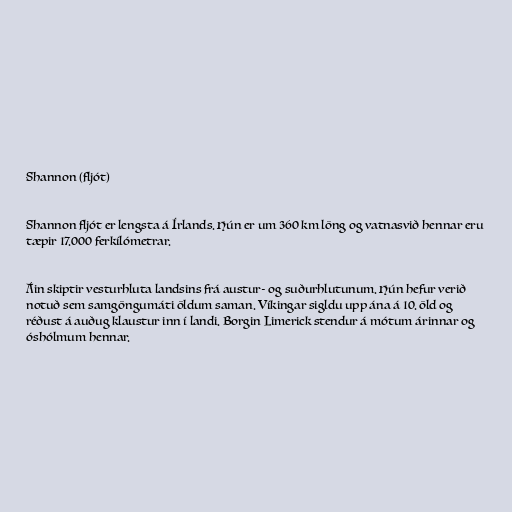
Shannon (fljót)

Shannon fljót er lengsta á Írlands. Hún er um 360 km löng og vatnasvið hennar eru
tæpir 17.000 ferkílómetrar.

Áin skiptir vesturhluta landsins frá austur- og suðurhlutunum. Hún hefur verið
notuð sem samgöngumáti öldum saman. Víkingar sigldu upp ána á 10. öld og
réðust á auðug klaustur inn í landi. Borgin Limerick stendur á mótum árinnar og
óshólmum hennar.